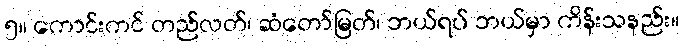
၅။ ကောင်းကင် တည်လတ်၊ ဆံတော်မြတ်၊ ဘယ်ရပ် ဘယ်မှာ ကိန်းသနည်း။